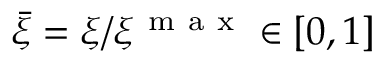
\bar { \xi } = \xi / \xi ^ { \mathrm { ~ m ~ a ~ x ~ } } \in [ 0 , 1 ]